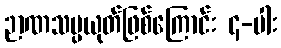
ဉာဏသမ္ပယုတ်ဖြစ်ကြောင်း ၄-ပါး